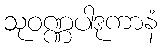
သုဝဏ္ဏပါဒုကာနံ